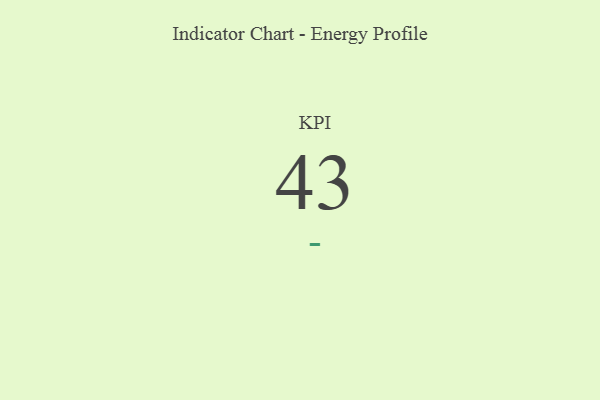
{"axis": {"x": "KPI", "y": "Value"}, "legend": [""], "data": [{"x": "KPI", "y": 43, "type": ""}]}